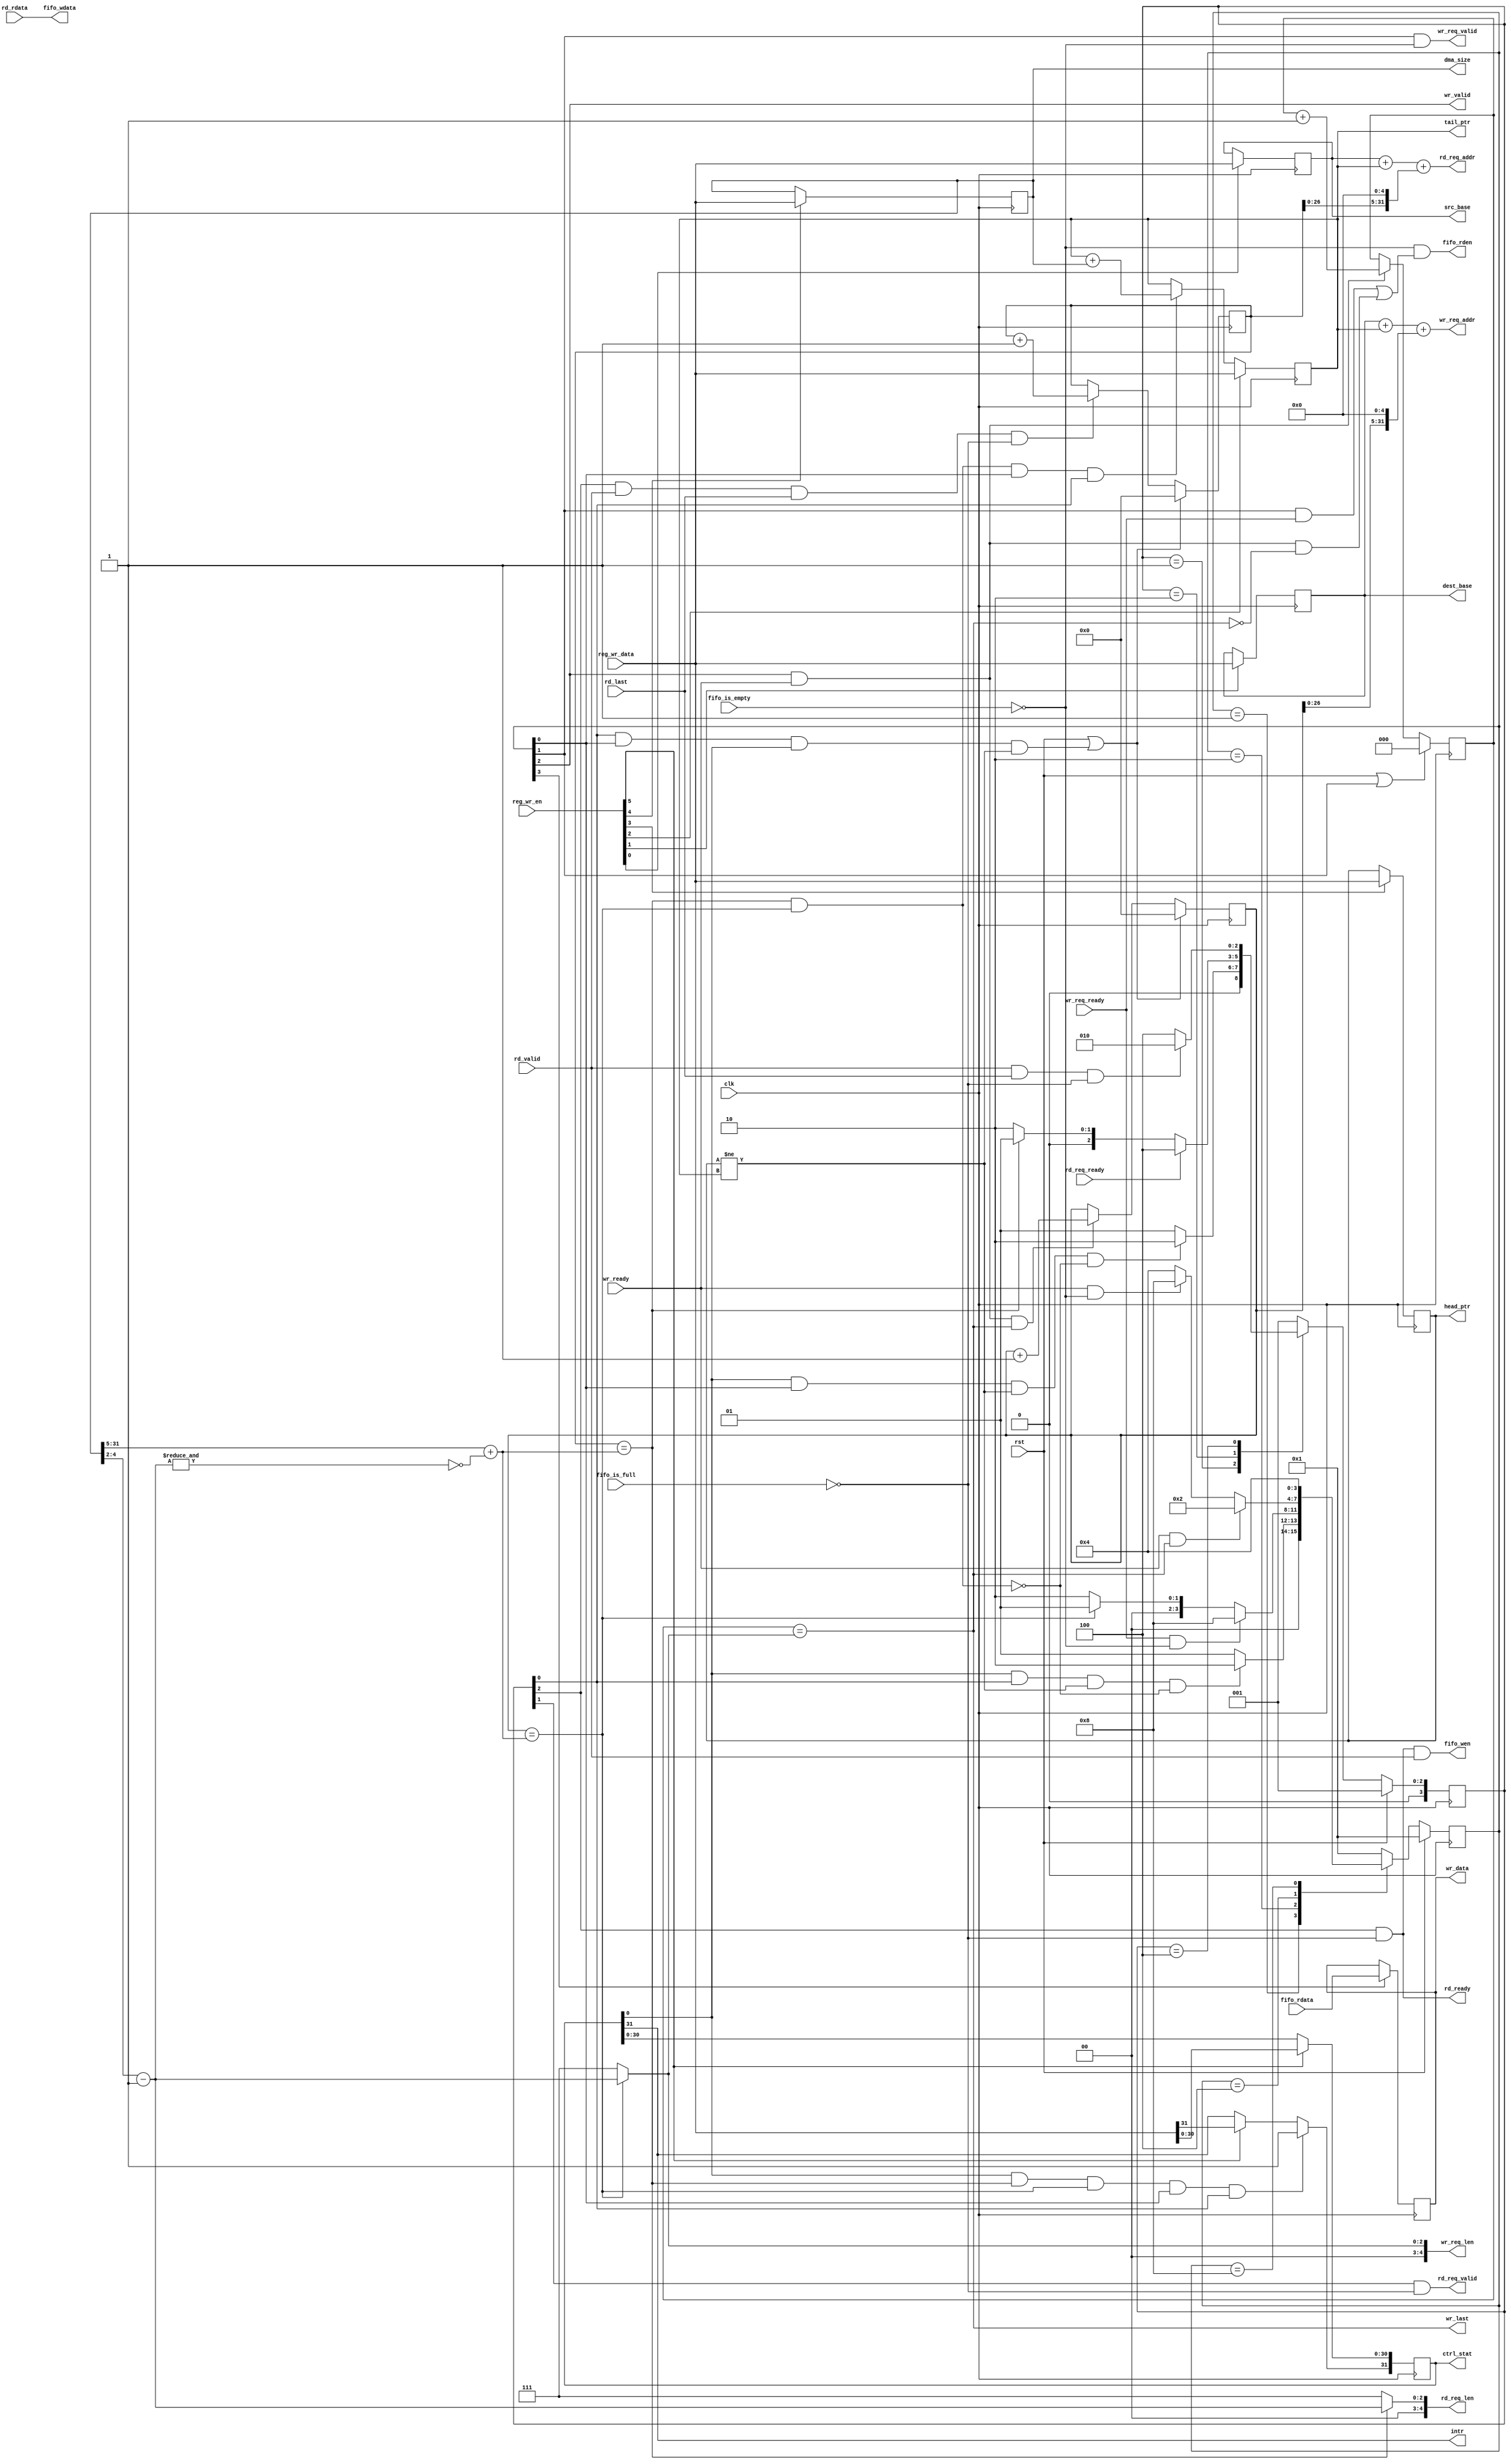
module engine_core #(
	parameter integer  DATA_WIDTH       = 32
)
(
	input    clk,
	input    rst,
	
	output [31:0]       src_base,
	output [31:0]       dest_base,
	output [31:0]       tail_ptr,
	output [31:0]       head_ptr,
	output [31:0]       dma_size,
	output [31:0]       ctrl_stat,

	input  [31:0]	    reg_wr_data,
	input  [ 5:0]       reg_wr_en,
  
	output              intr,
  
	output [31:0]       rd_req_addr,
	output [ 4:0]       rd_req_len,
	output              rd_req_valid,
	
	input               rd_req_ready,
	input  [31:0]       rd_rdata,
	input               rd_last,
	input               rd_valid,
	output              rd_ready,
	
	output [31:0]       wr_req_addr,
	output [ 4:0]       wr_req_len,
	output              wr_req_valid,
	input               wr_req_ready,
	output [31:0]       wr_data,
	output              wr_valid,
	input               wr_ready,
	output              wr_last,
	
	output              fifo_rden,
	output [31:0]       fifo_wdata,
	output              fifo_wen,
	
	input  [31:0]       fifo_rdata,
	input               fifo_is_empty,
	input               fifo_is_full
);
	// TODO: Please add your logic design here

    // --- ctrl & stat ---
    // regs
    reg [31:0] __src_base, __dest_base, __tail_ptr, __head_ptr, __dma_size, __ctrl_stat;
    always @(posedge clk) begin
        if (reg_wr_en[0]) begin
            __src_base <= reg_wr_data;
        end
    end
    always @(posedge clk) begin
        if (reg_wr_en[1]) begin
            __dest_base <= reg_wr_data;
        end
    end
    always @(posedge clk) begin
        if (reg_wr_en[2]) begin
            __tail_ptr <= reg_wr_data;
        end
        else if (rd_last_burst & wr_last_burst & wr_current_state[0] & rd_current_state[0]) begin
            __tail_ptr <= __tail_ptr + dma_size;
        end
    end
    always @(posedge clk) begin
        if (reg_wr_en[3]) begin
            __head_ptr <= reg_wr_data;
        end
    end
    always @(posedge clk) begin
        if (reg_wr_en[4]) begin
            __dma_size <= reg_wr_data;
        end
    end
    always @(posedge clk) begin
        if (reg_wr_en[5]) begin
            __ctrl_stat <= reg_wr_data;
        end
        if (en & rd_last_burst & wr_last_burst & wr_current_state[0] & rd_current_state[0]) begin
            __ctrl_stat[31] <= 1'b1;
        end
    end

    // cpu output
    assign src_base  = __src_base;
    assign dest_base = __dest_base;
    assign tail_ptr  = __tail_ptr;
    assign head_ptr  = __head_ptr;
    assign dma_size  = __dma_size;
    assign ctrl_stat = __ctrl_stat;
    assign intr = ctrl_stat[31];

    // en
    wire en;
    assign en = ctrl_stat[0];

    //
    wire rd_last_burst, wr_last_burst;
    assign rd_last_burst = rd_burst_counter == burst_total;
    assign wr_last_burst = wr_burst_counter == burst_total;


    // burst control
    wire [31:0] burst_total;
    wire [2:0] last_burst_len = dma_size[4:2] - 1;
    assign burst_total = {5'b0, dma_size[31:5]} + ~&last_burst_len;


    // --- states ---
    localparam IDLE = 4'b0001,
               REQ  = 4'b0010,
               RW   = 4'b0100,
               FIFO = 4'b1000;


    // --- rd ---
    // state regs
    reg [3:0] rd_current_state;
    reg [3:0] rd_next_state;

    // current_state
    always @(posedge clk) begin
        if (rst) begin
            rd_current_state <= IDLE;
        end
        else begin
            rd_current_state <= rd_next_state;
        end
    end

    // next_state
    always @(*) begin
        case (rd_current_state)
            IDLE: begin
                if (en & wr_current_state[0] & head_ptr != tail_ptr & !(rd_last_burst & wr_last_burst)) begin
                    rd_next_state = REQ;
                end
                else begin
                    rd_next_state = IDLE;
                end
            end
            REQ: begin
                if (rd_req_ready) begin
                    rd_next_state = RW;
                end
                else if (rd_last_burst) begin
                    rd_next_state = IDLE;
                end
                else begin
                    rd_next_state = REQ;
                end
            end
            RW: begin
                if (rd_valid & rd_last & !fifo_is_full) begin
                    rd_next_state = REQ;
                end
                else begin
                    rd_next_state = RW;
                end
            end
            default: begin
                rd_next_state = IDLE;
            end
        endcase
    end

    // read mem
    reg [31:0] rd_burst_counter;
    always @(posedge clk) begin
        if (rst | rd_current_state[0] & wr_current_state[0] & en & head_ptr != tail_ptr) begin  // rst or INIT
            rd_burst_counter <= 0;
        end
        else if (rd_current_state[2] & rd_valid & rd_last & !fifo_is_full) begin  // RW
            rd_burst_counter <= rd_burst_counter + 1;
        end
    end

    assign rd_req_valid = rd_current_state[1] & !fifo_is_full;
    assign rd_req_addr = src_base + tail_ptr + {rd_burst_counter, 5'b0};
    assign rd_req_len = rd_last_burst ? {2'b0, last_burst_len} : 5'b111;
    assign rd_ready = rd_current_state[2] & !fifo_is_full;

    // write fifo
    assign fifo_wen = rd_ready & rd_valid;
    assign fifo_wdata = rd_rdata;


    // --- wr ---
    // state regs
    reg [3:0] wr_current_state;
    reg [3:0] wr_next_state;

    // current_state
    always @(posedge clk) begin
        if (rst) begin
            wr_current_state <= IDLE;
        end
        else begin
            wr_current_state <= wr_next_state;
        end
    end

    // next_state
    always @(*) begin
        case (wr_current_state)
            IDLE: begin
                if (en & rd_current_state[0] & head_ptr != tail_ptr & !(rd_last_burst & wr_last_burst)) begin
                    wr_next_state = REQ;
                end
                else begin
                    wr_next_state = IDLE;
                end
            end
            REQ: begin
                if (wr_req_ready & !fifo_is_empty) begin
                    wr_next_state = FIFO;
                end
                else if (wr_last_burst) begin
                    wr_next_state = IDLE;
                end
                else begin
                    wr_next_state = REQ;
                end
            end
            RW: begin
                if (wr_ready & wr_last) begin
                    wr_next_state = REQ;
                end
                else if (wr_ready & !fifo_is_empty) begin
                    wr_next_state = FIFO;
                end
                else begin
                    wr_next_state = RW;
                end
            end
            FIFO: begin
                wr_next_state = RW;
            end
            default: begin
                wr_next_state = IDLE;
            end
        endcase
    end

    // read fifo
    reg [31:0] fifo_rd_buffer;
    assign fifo_rden = !fifo_is_empty & (wr_current_state[1] & wr_req_ready | wr_current_state[2] & wr_ready & !wr_last);  // read a new data from fifo when memory is ready
    always @(posedge clk) begin
        if (wr_current_state[3]) begin  // FIFO
            fifo_rd_buffer <= fifo_rdata;
        end
    end

    // write mem
    reg [31:0] wr_burst_counter;
    always @(posedge clk) begin
        if (rst | wr_current_state[0] & rd_current_state[0] & en & head_ptr != tail_ptr) begin  // rst or INIT
            wr_burst_counter <= 0;
        end
        else if (wr_current_state[2] & wr_ready & wr_last) begin  // RW
            wr_burst_counter <= wr_burst_counter + 1;
        end
    end

    reg [2:0] wr_size;
    always @(posedge clk) begin
        if (rst | wr_current_state[1]) begin  // rst or REQ
            wr_size <= 3'b0;
        end
        else if (wr_current_state[2] & wr_ready) begin  // RW
            wr_size <= wr_size + 1;
        end
    end

    assign wr_req_valid = wr_current_state[1] & !fifo_is_empty;
    assign wr_req_addr = dest_base + tail_ptr + {wr_burst_counter, 5'b0};
    assign wr_req_len = wr_last_burst ? {2'b0, last_burst_len} : 5'b111;
    assign wr_valid = wr_current_state[2];
    assign wr_data = fifo_rd_buffer;
    assign wr_last = wr_size == wr_req_len[2:0];

endmodule